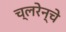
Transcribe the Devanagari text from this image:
च्लरेन्चे